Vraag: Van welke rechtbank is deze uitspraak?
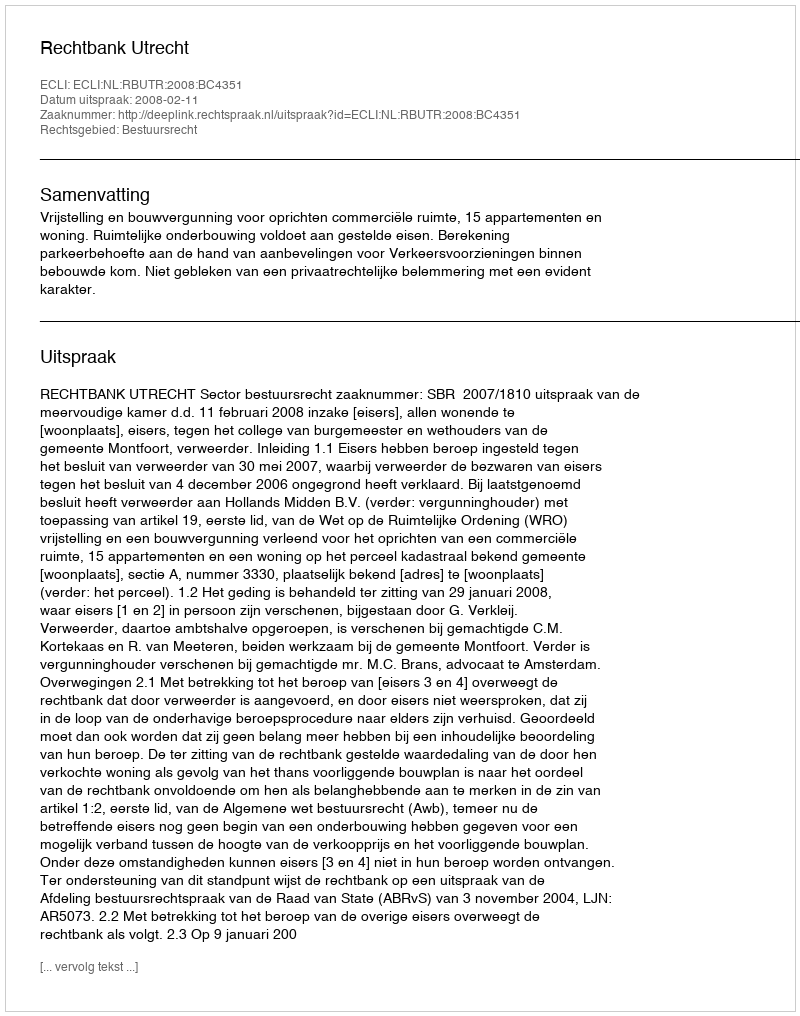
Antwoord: Rechtbank Utrecht